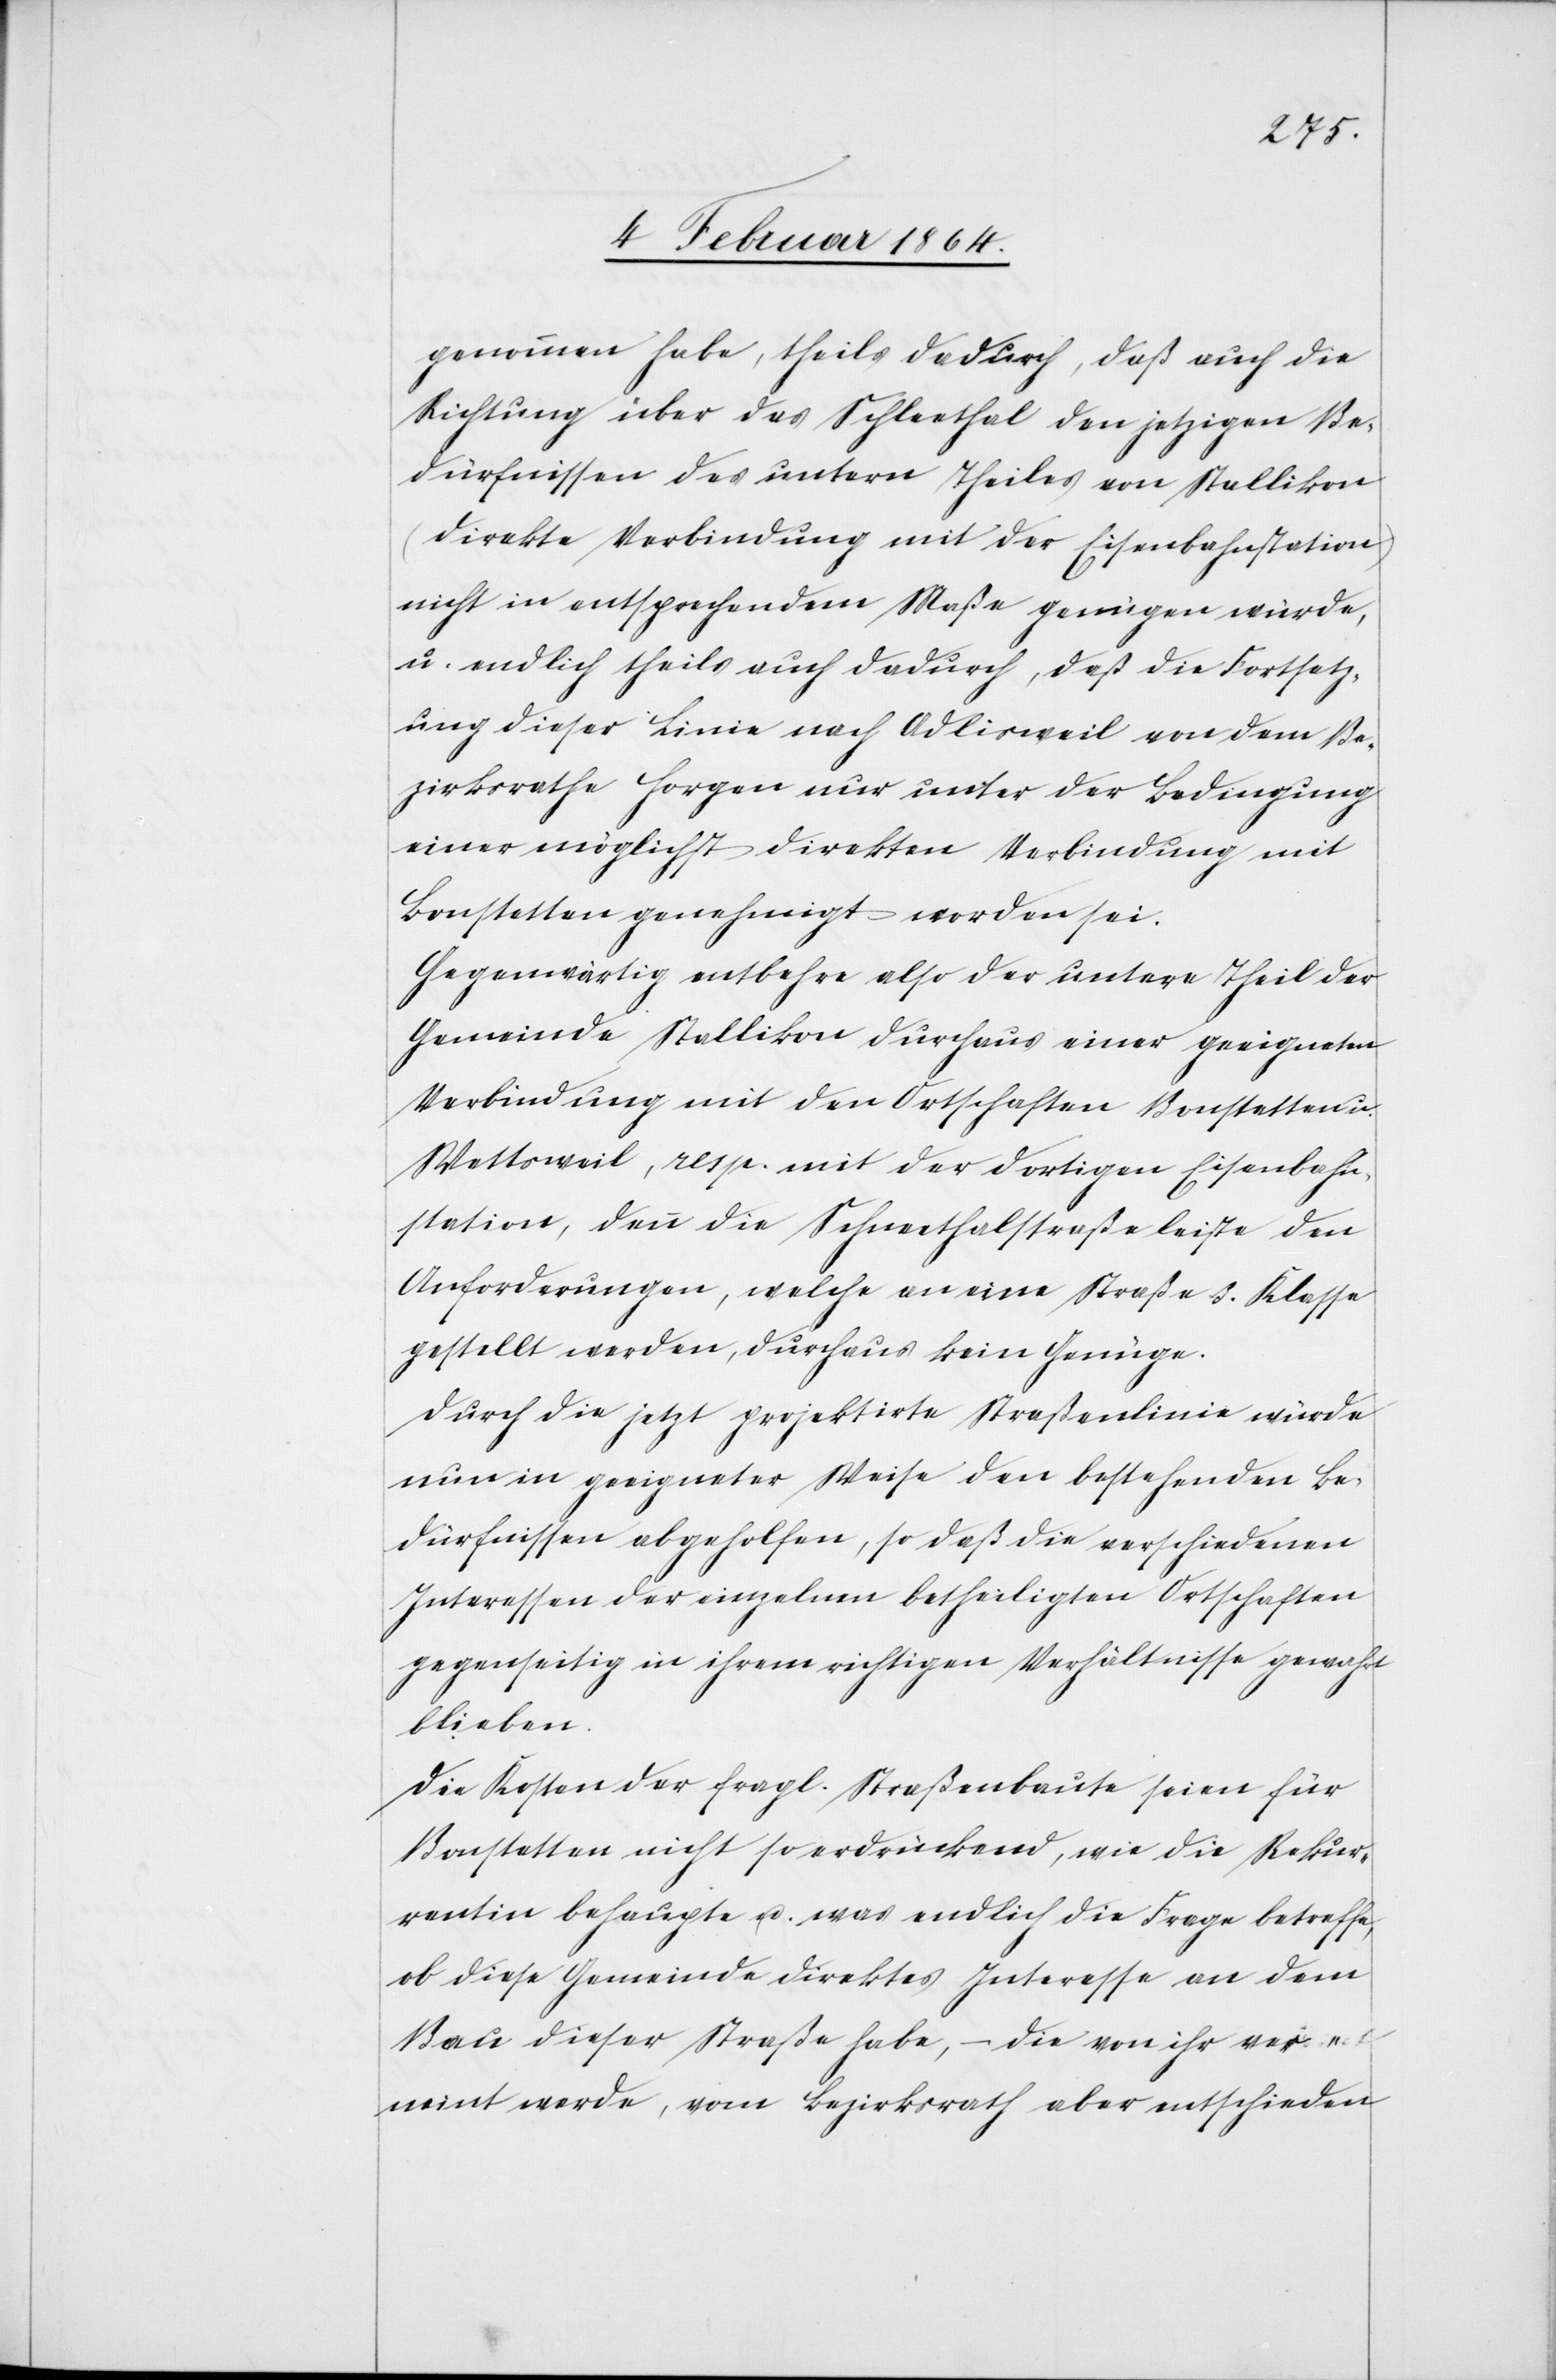
genommen habe, theils dadurch, daß auch die
Richtung über das Schleethal den jetzigen Be¬
dürfnissen des untern Theiles von Stallikon
(direkte Verbindung mit der Eisenbahnstation)
nicht in entsprechendem Maße genügen würde,
u. endlich theils auch dadurch, daß die Fortsetz¬
ung dieser Linie nach Adlisweil von dem Be¬
zirksrathe Horgen nur unter der Bedingung
einer möglichst direkten Verbindung mit
Bonstetten genehmigt worden sei.
Gegenwärtig entbehre also der untere Theil der
Gemeinde Stallikon durchaus einer geeigneten
Verbindung mit den Ortschaften Bonstetten u.
Wettsweil, resp. mit der dortigen Eisenbahn¬
station, denn die Schneethalstraße leiste den
Anforderungen, welche an eine Straße 3. Klasse
gestellt werden, durchaus kein Genüge.
Durch die jetzt projektirte Straßenlinie würde
nun in geeigneter Weise den bestehenden Be¬
dürfnissen abgeholfen, so daß die verschiedenen
Interessen der einzelnen betheiligten Ortschaften
gegenseitig in ihrem richtigen Verhältnisse gewahrt
blieben.
Die Kosten der fragl. Straßenbaute seien für
Bonstetten nicht so erdrückend, wie die Rekur¬
rentin behaupte, u. was endlich die Frage betreffe,
ob diese Gemeinde direktes Interesse an dem
Bau dieser Straße habe, – die von ihr ver¬
neint werde, vom Bezirksrath aber entschieden